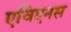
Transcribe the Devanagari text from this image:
एविएनस